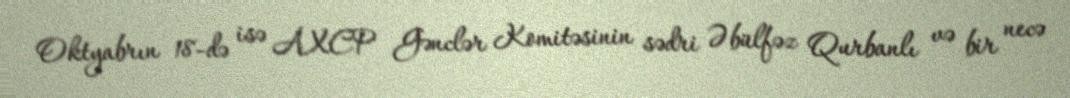
Oktyabrın 18-də isə AXCP Gənclər Komitəsinin sədri Əbülfəz Qurbanlı və bir necə